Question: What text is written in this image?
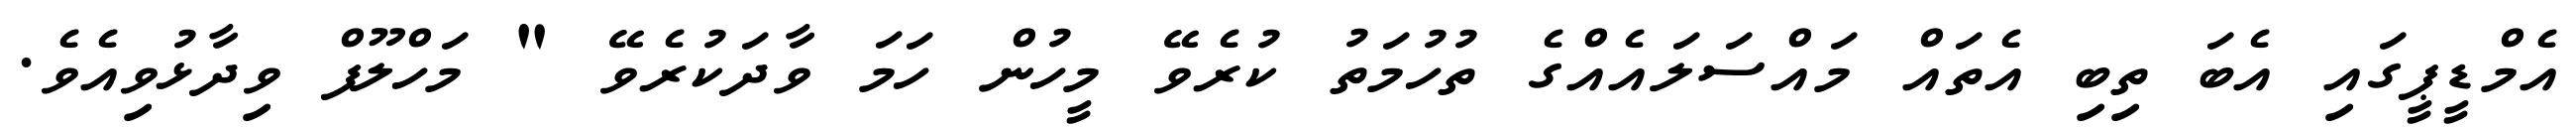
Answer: އެމްޑީޕީގައި އެބަ ތިބި އެތައް މައްސަލައެއްގެ ތުހުމަތު ކުރެވޭ މީހުން ހަމަ ވާދަކުރެވޭ " މަހްލޫފް ވިދާޅުވިއެވެ.